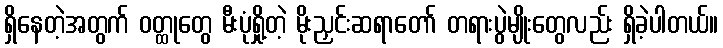
ရှိနေတဲ့အတွက် ဝတ္ထုတွေ မီးပုံရှို့တဲ့ မိုးညှင်းဆရာတော် တရားပွဲမျိုးတွေလည်း ရှိခဲ့ပါတယ်။